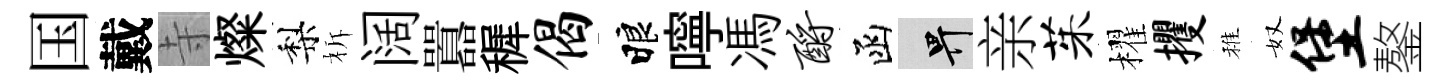
国戴寺燦梨柝阔囂穉偈睱嚀馮酹函畀亲茱櫂攫稚奴堡鏊